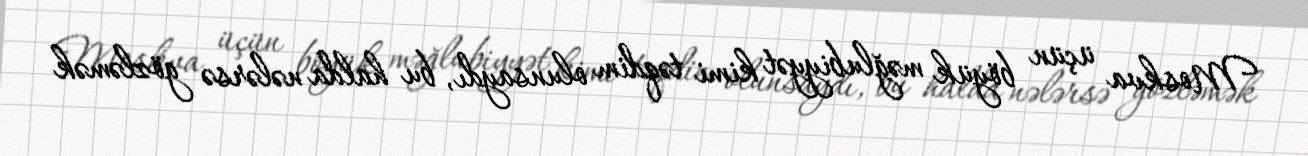
Moskva üçün böyük məğlubiyyət kimi təqdim olunsaydı, bu halda nələrsə gözləmək